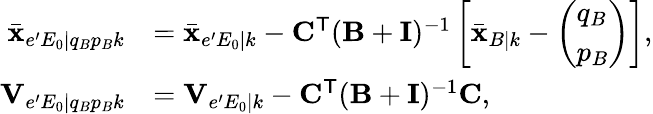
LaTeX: \begin{array}{rl}{\bar{\mathbf{x}}_{e^{\prime}E_{0}|q_{B}p_{B}k}}&{=\bar{\mathbf{x}}_{e^{\prime}E_{0}|k}-\mathbf{C}^{\mathsf{T}}(\mathbf{B}+\mathbf{I})^{-1}\left[\bar{\mathbf{x}}_{B|k}-\left(\begin{array}{l}{q_{B}}\\ {p_{B}}\end{array}\right)\right],}\\ {\mathbf{V}_{e^{\prime}E_{0}|q_{B}p_{B}k}}&{=\mathbf{V}_{e^{\prime}E_{0}|k}-\mathbf{C}^{\mathsf{T}}(\mathbf{B}+\mathbf{I})^{-1}\mathbf{C},}\end{array}